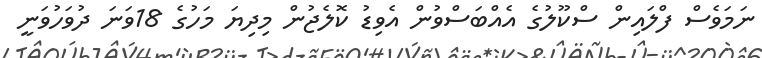
ނަމަވެސް ފްލައިން ސްކޫލުގެ އެއްބަސްވުން އެވިޑު ކޮލެޖުން މިދިޔަ މަހުގެ 18ވަނަ ދުވަހުވަނީ